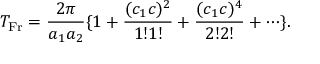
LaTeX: T _ { \mathrm { F r } } = \frac { 2 \pi } { a _ { 1 } a _ { 2 } } \{ 1 + \frac { ( c _ { 1 } c ) ^ { 2 } } { 1 ! 1 ! } + \frac { ( c _ { 1 } c ) ^ { 4 } } { 2 ! 2 ! } + \cdots \} .